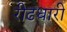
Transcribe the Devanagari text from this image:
रीढधारी